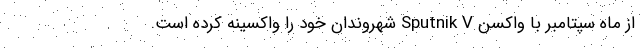
از ماه سپتامبر با واکسن Sputnik V شهروندان خود را واکسینه کرده است.